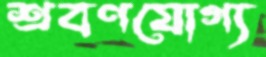
শ্রবণযোগ্য